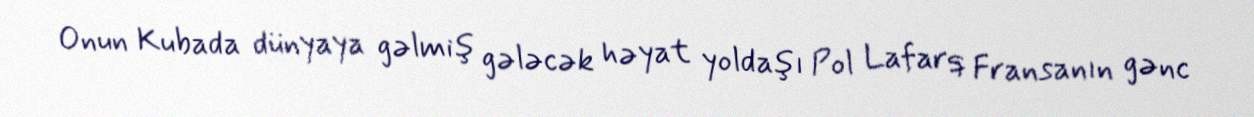
Onun Kubada dünyaya gəlmiş gələcək həyat yoldaşı Pol Lafarq Fransanın gənc